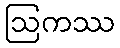
ဩကဿ